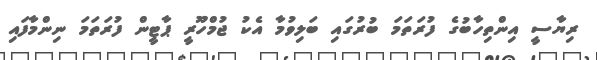
ރިޔާސީ އިންތިހާބުގެ ފުރަތަމަ ބުރުގައި ބަލިވުމާ އެކު ޖުމްހޫރީ ޕާޓީން ފުރަތަމަ ނިންމާފައި